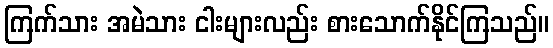
ကြက်သား အမဲသား ငါးများလည်း စားသောက်နိုင်ကြသည်။